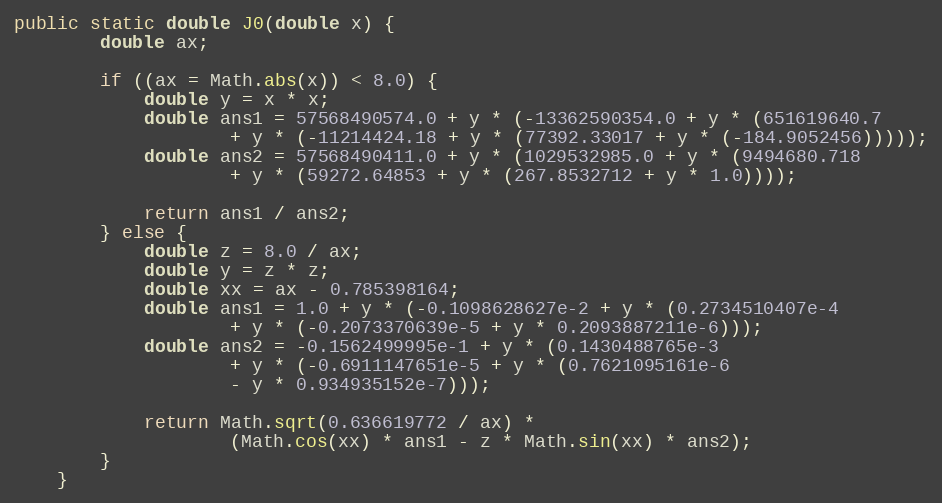
Language: Java
public static double J0(double x) {
        double ax;

        if ((ax = Math.abs(x)) < 8.0) {
            double y = x * x;
            double ans1 = 57568490574.0 + y * (-13362590354.0 + y * (651619640.7
                    + y * (-11214424.18 + y * (77392.33017 + y * (-184.9052456)))));
            double ans2 = 57568490411.0 + y * (1029532985.0 + y * (9494680.718
                    + y * (59272.64853 + y * (267.8532712 + y * 1.0))));

            return ans1 / ans2;
        } else {
            double z = 8.0 / ax;
            double y = z * z;
            double xx = ax - 0.785398164;
            double ans1 = 1.0 + y * (-0.1098628627e-2 + y * (0.2734510407e-4
                    + y * (-0.2073370639e-5 + y * 0.2093887211e-6)));
            double ans2 = -0.1562499995e-1 + y * (0.1430488765e-3
                    + y * (-0.6911147651e-5 + y * (0.7621095161e-6
                    - y * 0.934935152e-7)));

            return Math.sqrt(0.636619772 / ax) *
                    (Math.cos(xx) * ans1 - z * Math.sin(xx) * ans2);
        }
    }